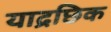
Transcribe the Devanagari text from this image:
याद्रछिक